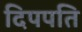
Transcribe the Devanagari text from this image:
दिपपति